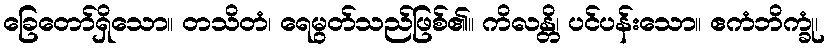
ခြေတော်ရှိသော။ တသိတံ၊ ရေမွတ်သည်ဖြစ်၏။ ကိလန္တိ၊ ပင်ပန်းသော။ ဧကံဘိက္ခုံ၊